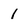
Character: 1